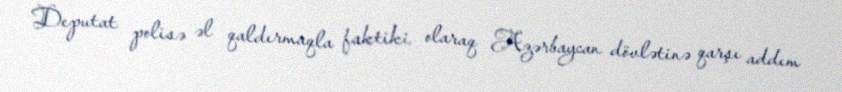
Deputat polisə əl qaldırmaqla faktiki olaraq Azərbaycan dövlətinə qarşı addım